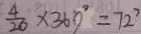
\frac { 4 } { 2 0 } \times 3 6 0 ^ { \circ } = 7 2 ^ { \circ }